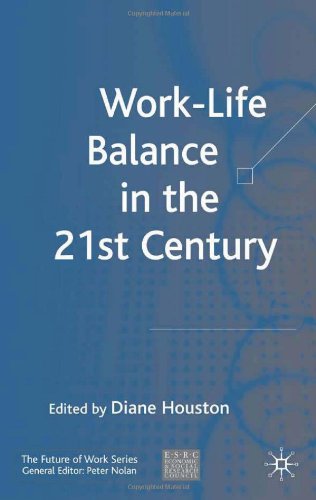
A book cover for Work-Life Balance in the 21st Century (Future of Work); Business & Money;